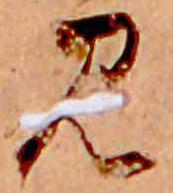
み